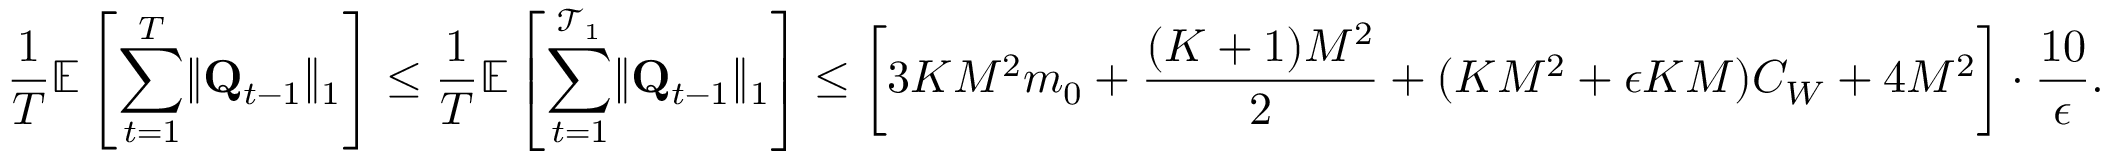
\frac 1 T \mathbb E \left[ \sum _ { t = 1 } ^ { T } \lVert \mathbf Q _ { t - 1 } \rVert _ { 1 } \right] \le \frac 1 T \mathbb E \left[ \sum _ { t = 1 } ^ { \mathcal T _ { 1 } } \lVert \mathbf Q _ { t - 1 } \rVert _ { 1 } \right] \le \left[ 3 K M ^ { 2 } m _ { 0 } + \frac { ( K + 1 ) M ^ { 2 } } 2 + ( K M ^ { 2 } + \epsilon K M ) C _ { W } + 4 M ^ { 2 } \right] \cdot \frac { 1 0 } \epsilon .